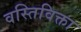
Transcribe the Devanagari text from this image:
वस्तिविक्ता